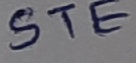
Text: STE